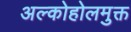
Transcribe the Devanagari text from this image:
अल्कोहोलमुक्त